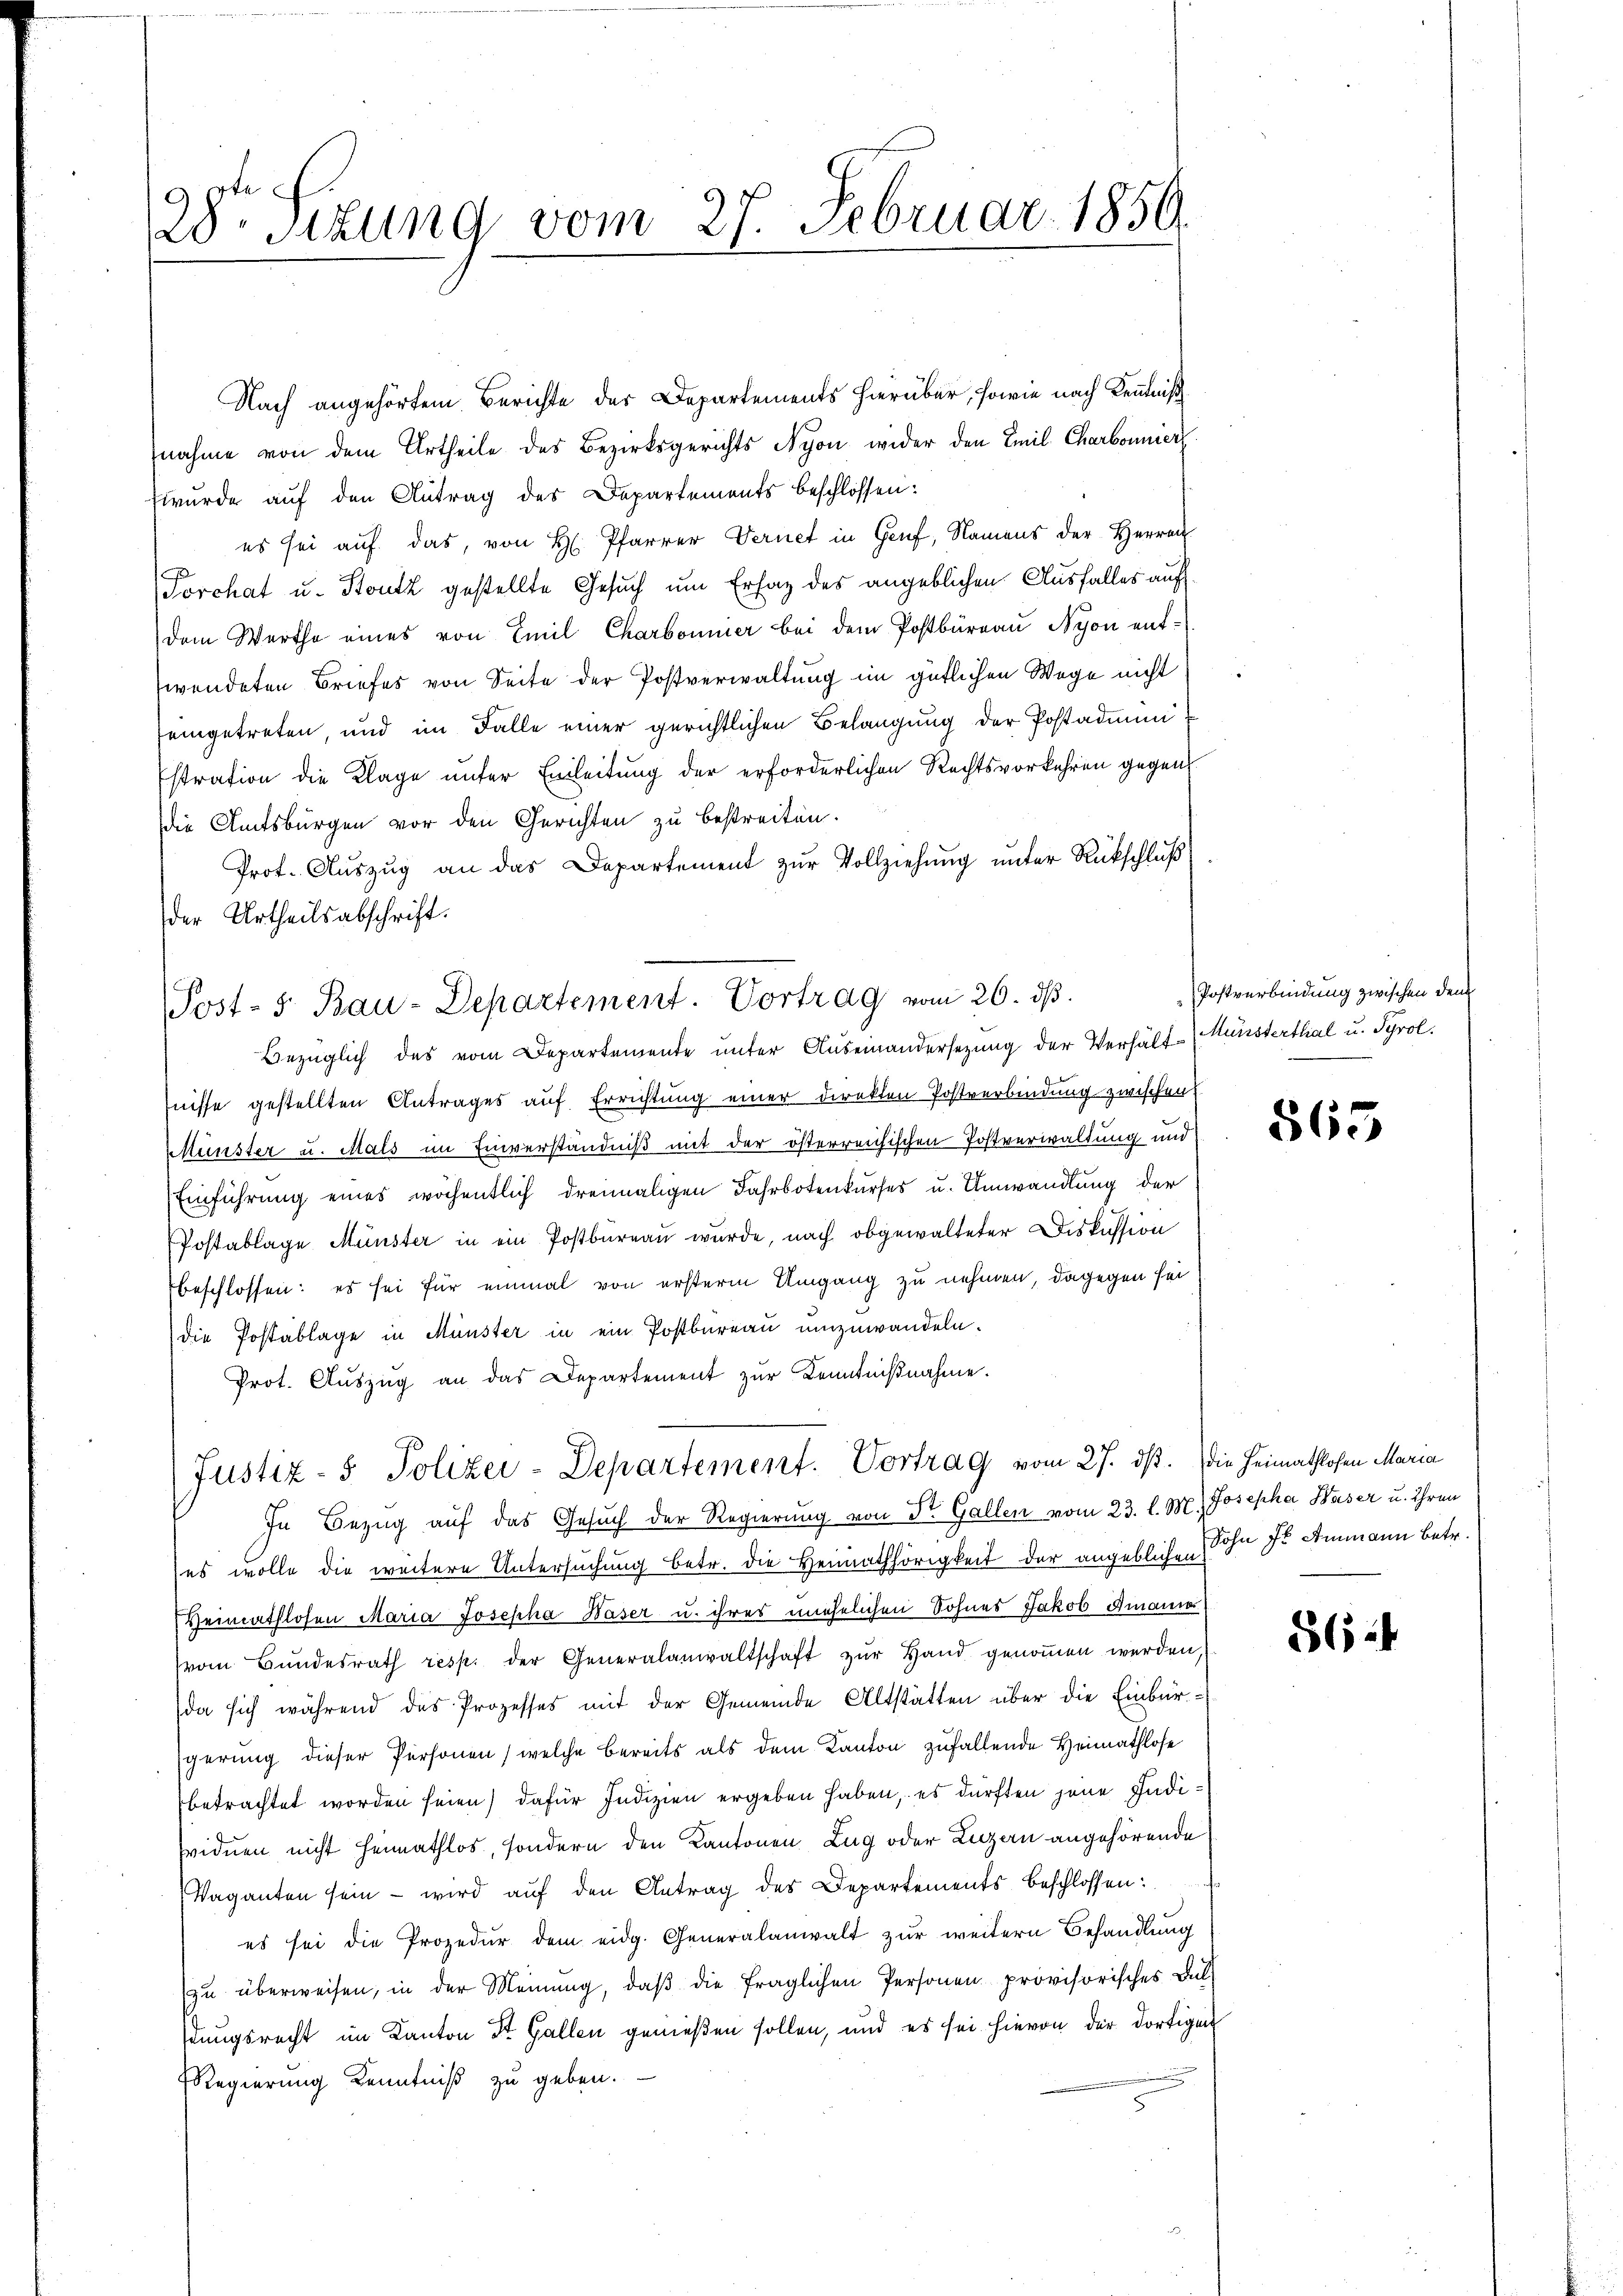
28ten Sizung vom 27. Februar 1850.

Nach angehörtem Berichte der Departements hierüber, sowie nach Kenntniß
nahme von dem Urtheile des Bezirksgerichts Nyon wider den Emil Charbonnier
wurde auf den Antrag des Departements beschlossen:
es sei auf das, von H. Pfarrer Vernet in Genf, Namens der Herren
Porchat u. Stutz gestellte Gesuch um Erlag des angeblichen Ausfalles auf
dem Werthe eines von Emil Charbonnier bei dem Postbüreau Nyon entwendeten Briefes von Seite der Postverwaltung im gütlichen Wege nicht
eingetreten, und im Falle einer gerichtlichen Belangung der Postadium
stration die Klage unter Einleitung der erforderlichen Rechtsvorkehren gegen
die Amtsbürgen vor den Gerichten zu bestreiten.
Prot. Aŭszŭg an das Departement zur Vollziehung unter Rückschluß
der Urtheilsabschrift.
Post- 5. Bau-Departement. Vortrag vom 26. ds.
Bezüglich des vom Departemente unter Auseinandersezung der Verhält-Münsterthal u. Tyrol.
fnisse gestellten Antrages auf Errichtung einer direkten Postverbindung zwischen
Münster u. Mals im Einverständniß mit der österreichischen Postverwaltung und
Einführung eines wöchentlich dreimaligen Jahrbotenkurses u. Umwandlung der
Postablage Münster in ein Postbureau wurde, nach obgewalteter Diskussion
beschlossen: es sei für einmal von ersterm Umgang zu nehmen, dagegen sei
die Postablage in Münster in ein Postbureau umzuwandeln.
Prot. Auszug an das Departement zur Kenntnißnahme.

Justiz- & Polizei-Departement. Vortrag vom 27. ds.
In Bezug auf das Gesuch der Regierung von St. Gallen vom 23. l. M. Josepha Waser u. ihren

es wolle die weitere Untersuchung betr. die Heimathörigkeit der angeblichen Sohn zu Ammann betr.
Heimathlosen Maria Josepha Häser u. ihres unehelichen Sohnes Jakob Amanie
vom Bundesrath resp. der Generalanwaltschaft zŭr Hand genoṁen werden,
da sich während das Prozesses mit der Gemeinde Altstätten über die Einbür-
gerung dieser Personen, welche bereits als dem Kanton zufallende Heimathlose
betrachtet worden seien) dafür Indizien ergeben haben, es dürften jene Individuen nicht Heimathlos, sondern den Kantonen Zug oder Luzern angehörende
Vaganten sein – wird auf den Antrag des Departements beschlossen:
es sei die Prozedur dem eidg. Generalanwalt zur weitern Behandlung
zu überweisen, in der Meinung, daβ die fraglichen Personen provisorisches Bal
stungsrecht im Kanton St. Gallen genießen sollen, und es sei hievon der dortigen
Regierung Kenntniß zu geben.

Postverbindung zwischen dem

865

die Heimathlosen Maria

864